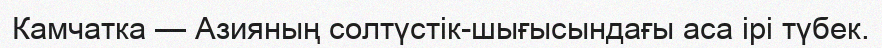
Камчатка — Азияның солтүстік-шығысындағы аса ірі түбек.